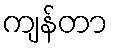
ကျန်တာ